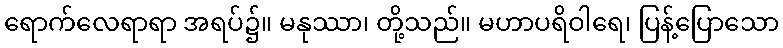
ရောက်လေရာရာ အရပ်၌။ မနုဿာ၊ တို့သည်။ မဟာပရိဝါရေ၊ ပြန့်ပြောသော